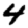
Digit: 4